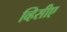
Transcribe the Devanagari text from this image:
व्हिसीए